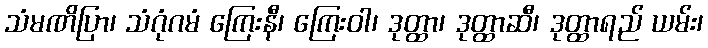
သံမဏိပြာ၊ သံဂုံဂမံ ကြေးနီ၊ ကြေးဝါ၊ ဒုတ္ထာ၊ ဒုတ္ထာဆီ၊ ဒုတ္ထာရည် ယမ်း၊